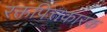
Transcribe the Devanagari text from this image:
रक्तपित्तकारक